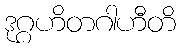
ဒုဂ္ဂဟိတဂါဟီတိ